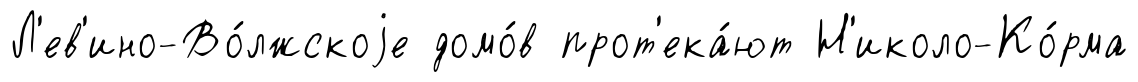
Л'ев'ино-Во́лжскоjе домо́в прот'ека́ют Н'иколо-Ко́рма